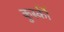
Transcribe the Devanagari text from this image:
कुर्स्की